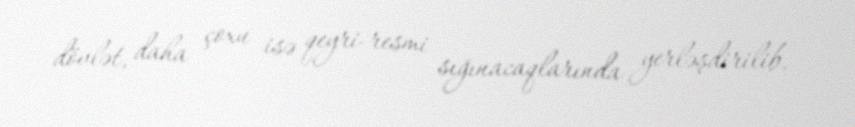
dövlət, daha çoxu isə qeyri-resmi sığınacaqlarında yerləşdirilib.